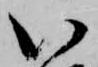
い